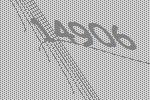
14906